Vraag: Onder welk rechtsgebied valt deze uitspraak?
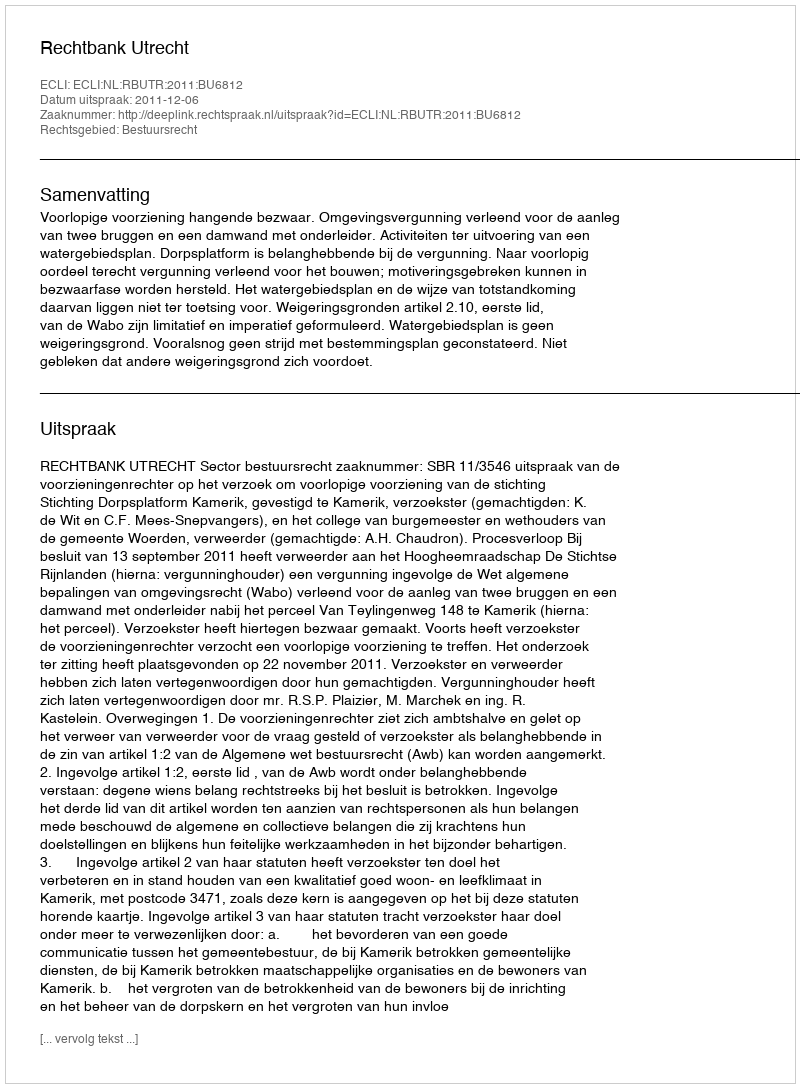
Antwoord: Bestuursrecht